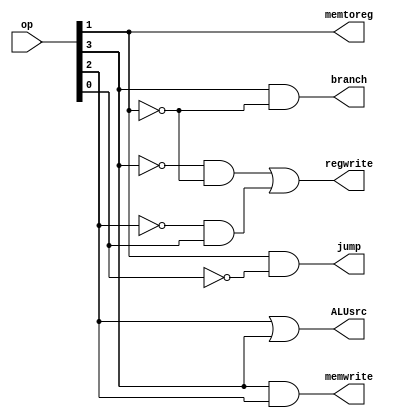
module CU(op,jump,memtoreg,memwrite,regwrite,ALUsrc,branch);
input [3:0]op;
output jump,memtoreg,memwrite,regwrite,ALUsrc,branch;
assign jump=op[1]&(~op[0]);
assign memtoreg=op[1];
assign memwrite=op[3]&op[2];
assign regwrite=(~op[3]&~op[1])|(~op[2]&op[0]);
assign ALUsrc=op[2]|op[3];
assign branch=op[3]&(~op[1]);
endmodule